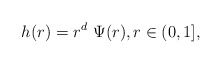
\begin{align*}h(r)=r^d\ \Psi(r),r\in (0,1],\end{align*}